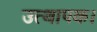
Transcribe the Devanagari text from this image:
उत्थापक।